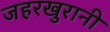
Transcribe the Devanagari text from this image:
जहरखुरानी